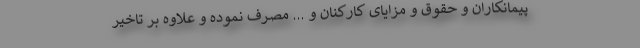
پیمانکاران و حقوق و مزایای کارکنان و ... مصرف نموده و علاوه بر تاخیر